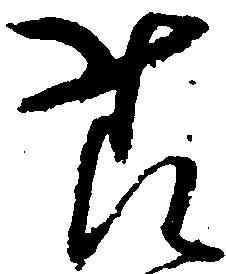
様